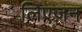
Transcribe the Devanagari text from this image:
लिएज़न